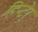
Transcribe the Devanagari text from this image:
हिन्टेर्